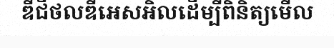
ឌីជីថលឌីអេសអិលដើម្បីពិនិត្យមើល